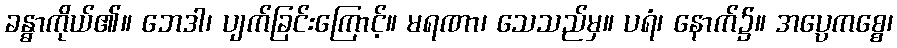
ခန္ဓာကိုယ်၏။ ဘေဒါ၊ ပျက်ခြင်းကြောင့်။ မရဏာ၊ သေသည်မှ။ ပရံ၊ နောက်၌။ အပ္ပေကစ္စေ၊